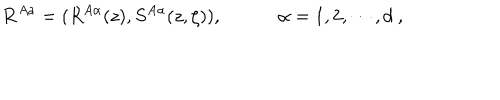
{ \bf R } ^ { A a } = ( R ^ { A \alpha } ( z ) , S ^ { A \alpha } ( z , \zeta ) ) , \quad \quad \quad \alpha = 1 , 2 , \cdots , d \ ,